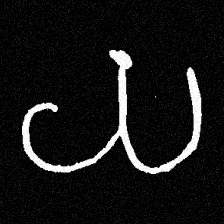
Pyu character \u2014 Myanmar letter: ယ (romanized: ya)